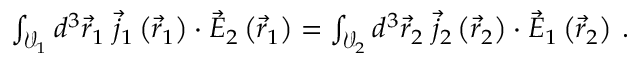
\begin{array} { r } { \int _ { \mathcal { V } _ { 1 } } d ^ { 3 } \vec { r } _ { 1 } \; \vec { j } _ { 1 } \left( \vec { r } _ { 1 } \right) \cdot \vec { E } _ { 2 } \left( \vec { r } _ { 1 } \right) = \int _ { \mathcal { V } _ { 2 } } d ^ { 3 } \vec { r } _ { 2 } \; \vec { j } _ { 2 } \left( \vec { r } _ { 2 } \right) \cdot \vec { E } _ { 1 } \left( \vec { r } _ { 2 } \right) \, . } \end{array}